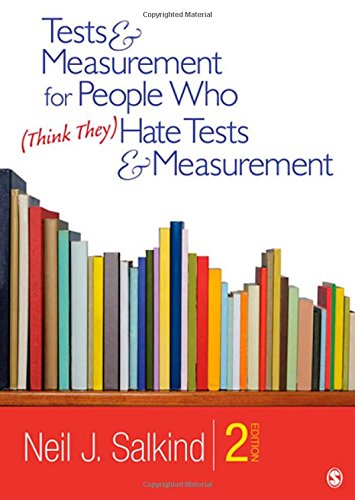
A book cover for Tests & Measurement for People Who (Think They) Hate Tests & Measurement; Neil J. Salkind; Politics & Social Sciences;